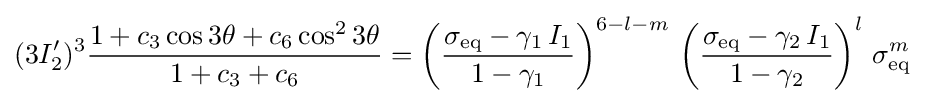
(3I_{2}')^{3}{\frac {1+c_{3}\cos 3\theta +c_{6}\cos ^{2}3\theta }{1+c_{3}+c_{6}}}=\displaystyle \left({\frac {\sigma _{\mathrm {eq} }-\gamma _{1}\,I_{1}}{1-\gamma _{1}}}\right)^{6-l-m}\,\left({\frac {\sigma _{\mathrm {eq} }-\gamma _{2}\,I_{1}}{1-\gamma _{2}}}\right)^{l}\,\sigma _{\mathrm {eq} }^{m}